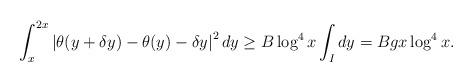
LaTeX: \begin{align*} \int_{x}^{2x} \left| \theta(y+\delta y)- \theta(y) - \delta y \right|^2 dy &\geq B \log^4x \int_I dy = Bg x \log^4x.\end{align*}